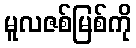
မူလဇစ်မြစ်ကို